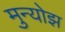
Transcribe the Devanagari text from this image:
मुन्योझ